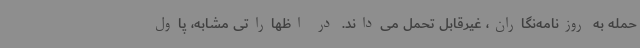
حمله به روزنامه‌نگاران، غیرقابل تحمل می‌داند. در اظهاراتی مشابه، پاول